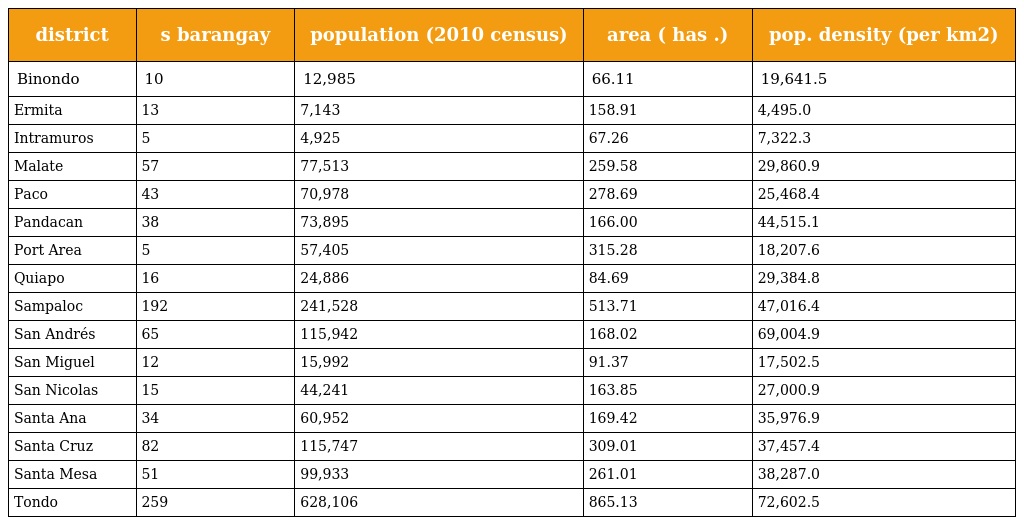
| district | s barangay | population (2010 census) | area ( has .) | pop. density (per km2) |
 | --- | --- | --- | --- | --- |
 | Binondo | 10 | 12,985 | 66.11 | 19,641.5 |
 | Ermita | 13 | 7,143 | 158.91 | 4,495.0 |
 | Intramuros | 5 | 4,925 | 67.26 | 7,322.3 |
 | Malate | 57 | 77,513 | 259.58 | 29,860.9 |
 | Paco | 43 | 70,978 | 278.69 | 25,468.4 |
 | Pandacan | 38 | 73,895 | 166.00 | 44,515.1 |
 | Port Area | 5 | 57,405 | 315.28 | 18,207.6 |
 | Quiapo | 16 | 24,886 | 84.69 | 29,384.8 |
 | Sampaloc | 192 | 241,528 | 513.71 | 47,016.4 |
 | San Andrés | 65 | 115,942 | 168.02 | 69,004.9 |
 | San Miguel | 12 | 15,992 | 91.37 | 17,502.5 |
 | San Nicolas | 15 | 44,241 | 163.85 | 27,000.9 |
 | Santa Ana | 34 | 60,952 | 169.42 | 35,976.9 |
 | Santa Cruz | 82 | 115,747 | 309.01 | 37,457.4 |
 | Santa Mesa | 51 | 99,933 | 261.01 | 38,287.0 |
 | Tondo | 259 | 628,106 | 865.13 | 72,602.5 |